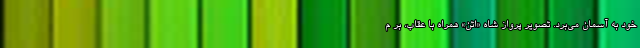
خود به آسمان می‌برد. تصویر پرواز شاه «اِتَنَ» همراه با عقاب، بر م